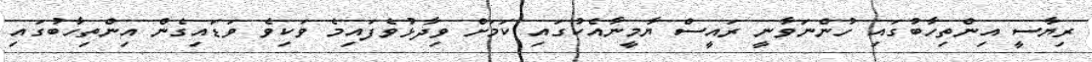
ރިޔާސީ އިންތިހާބުގައި ހުންނަވާނީ ރައީސް ޔާމީނާއެކުގައި ކަމަށް ވިދާޅުވެފައިމެ ވަކިވެ ވަޑައިގެން އިންތިހާބުގައި